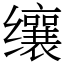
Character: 𬙋